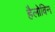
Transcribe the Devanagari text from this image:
हैलोविन